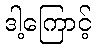
ဒါ့ကြောင့်